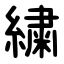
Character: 繍